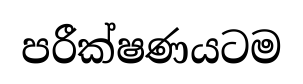
පරීක්ෂණයටම